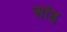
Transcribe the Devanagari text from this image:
सांढ